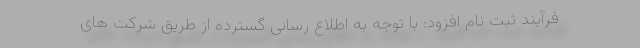
فرآیند ثبت نام افزود: با توجه به اطلاع رسانی گسترده از طریق شرکت های